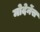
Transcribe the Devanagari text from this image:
मोदेर्नेस